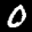
Label: 0